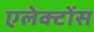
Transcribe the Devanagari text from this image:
एलेक्टोंस